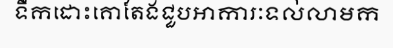
ទឹកដោះគោតែងជួបអាការៈទល់លាមក